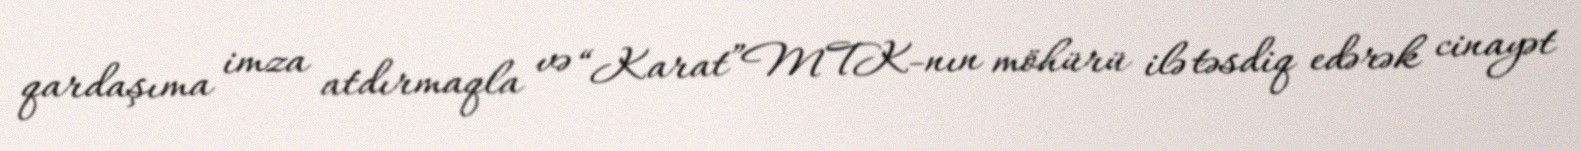
qardaşıma imza atdırmaqla və “Karat”MTK-nın möhürü ilə təsdiq edərək cinayət